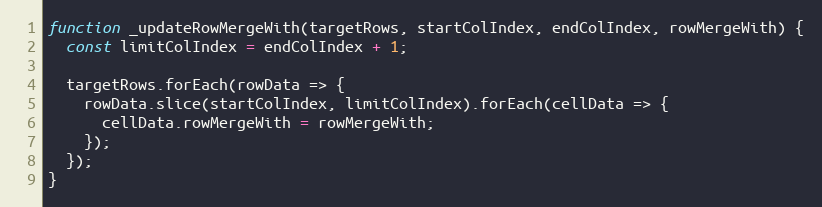
Language: JavaScript
function _updateRowMergeWith(targetRows, startColIndex, endColIndex, rowMergeWith) {
  const limitColIndex = endColIndex + 1;

  targetRows.forEach(rowData => {
    rowData.slice(startColIndex, limitColIndex).forEach(cellData => {
      cellData.rowMergeWith = rowMergeWith;
    });
  });
}